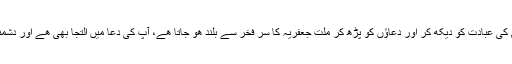
امام زین العابدین علیہ السلام کی عبادت کو دیکھ کر اور دعاؤں کو پڑھ کر ملت جعفریہ کا سر فخر سے بلند ھو جاتا ھے، آپ کی دعا میں التجا بھی ھے اور دشمنوں کے خلاف احتجاج بھی۔